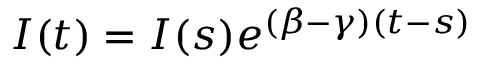
I ( t ) = I ( s ) e ^ { ( \beta - \gamma ) ( t - s ) }